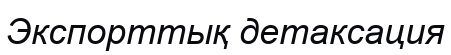
Экспорттық детаксация